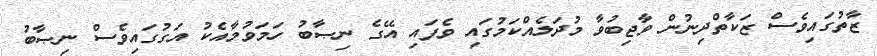
ޒާތުގައިވެސް ޒަކާތްދިނުން ވާޖިބުވާ މުދަލެއްކަމުގައި ވެފައި އޭގެ ނިޞާބު ހަމަވުމާއެކު އަގުގައިވެސް ނިޞާބު